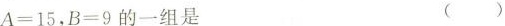
A=15，B=9的一组是 ( )